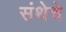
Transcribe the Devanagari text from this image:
संथेचे